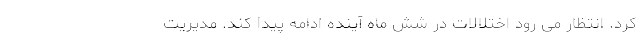
کرد. انتظار می رود اختلالات در شش ماه آینده ادامه پیدا کند. مدیریت